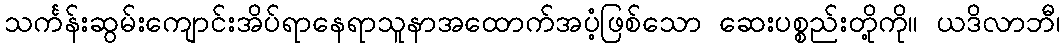
သင်္ကန်းဆွမ်းကျောင်းအိပ်ရာနေရာသူနာအထောက်အပံ့ဖြစ်သော ဆေးပစ္စည်းတို့ကို။ ယဒိလာဘီ၊